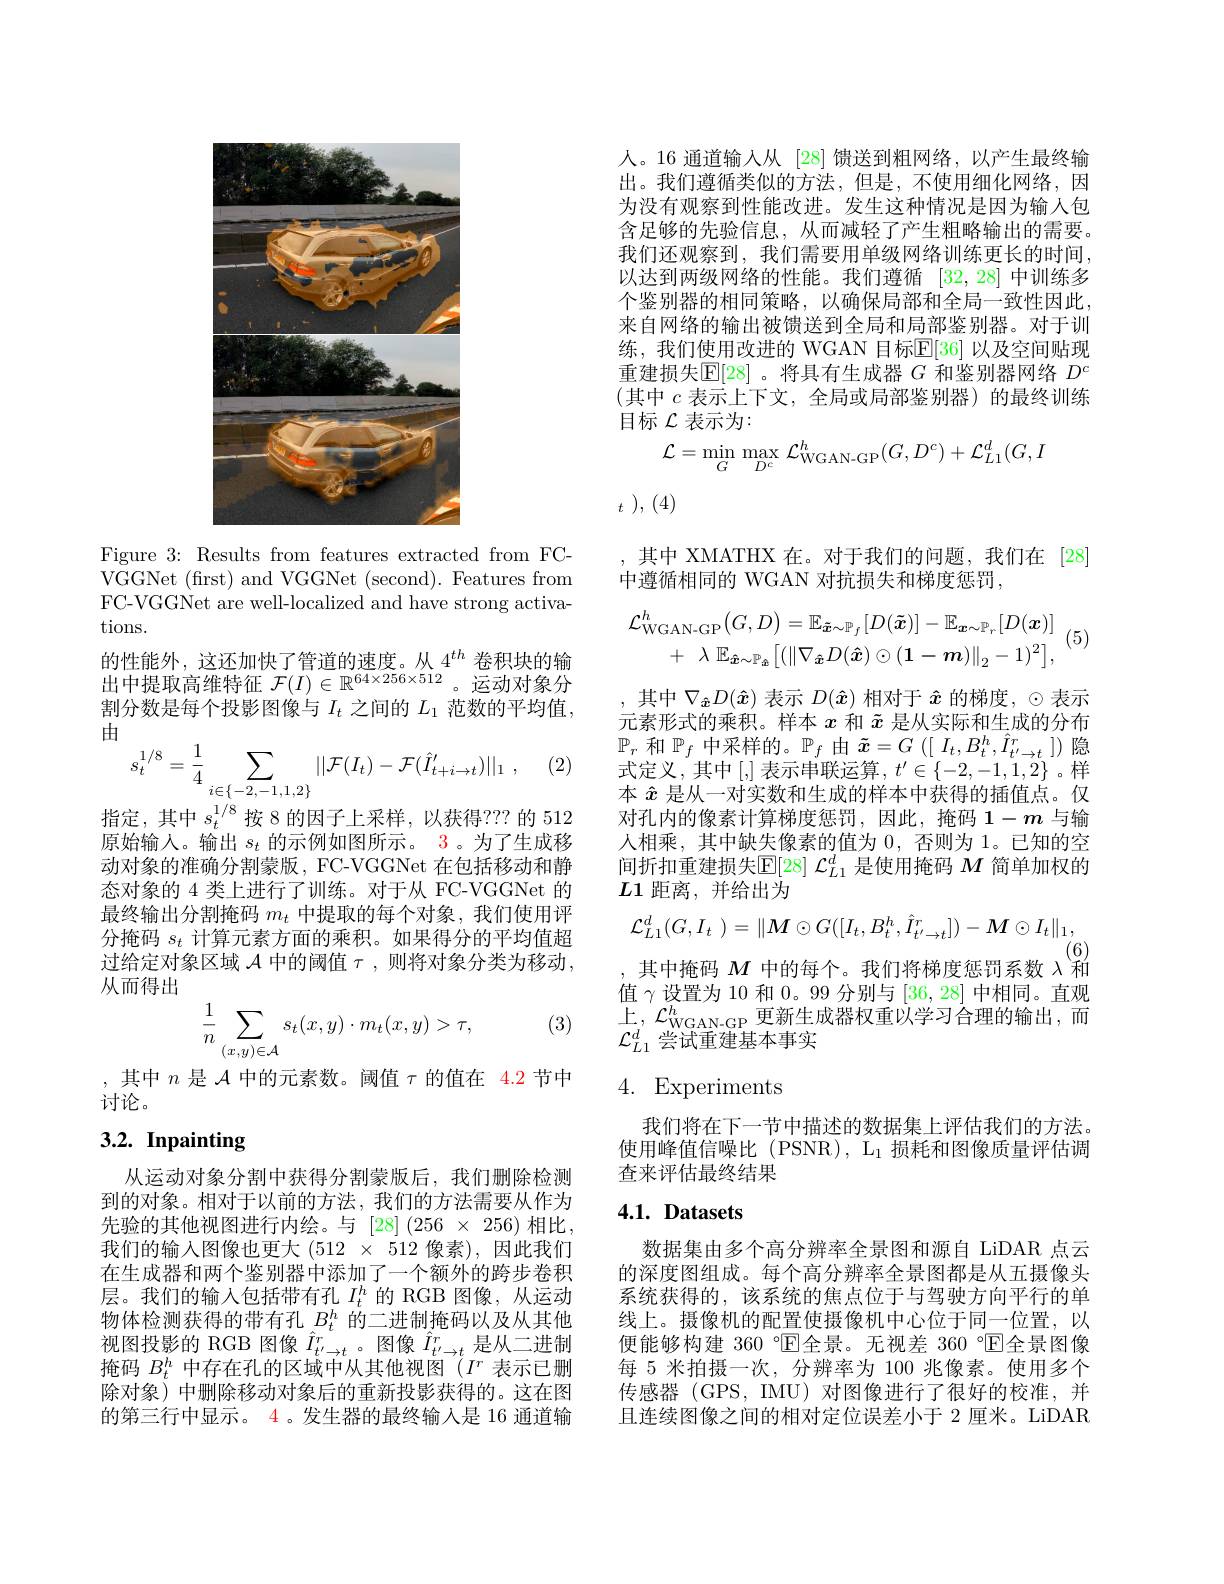
<FigureHere>

Figure 3: Results from features extracted from FCVGGNet (frst) and VGGNet (second). Features from FC-VGGNet are well-localized and have strong activations.
的性能外，这还加快了管道的速度。从$4^{th}$卷积块的输出中提取高维特征$\mathcal{F}(I)\in\mathbb{R}^64\times256\times512$ 。运动对象分割分数是每个投影图像与$I_t$之间的$L_1$范数的平均值， 由
$$s_{t}^{1/8}=\frac{1}{4}\sum_{i\in\{-2,-1,1,2\}}||\mathcal{F}(I_{t})-\mathcal{F}(\hat{I}_{t+i\rightarrow t}^{\prime})||_{1}\:,$$
(2)

指定，其中$s_t^{1/8}$按 8 的因子上采样，以获得？?? 的 512

原始输入。输出$s_t$的示例如图所示。3。为了生成移动对象的准确分割蒙版，FC-VGGNet 在包括移动和静态对象的 4 类上进行了训练。对于从 FC-VGGNet 的最终输出分割掩码$m_t$中提取的每个对象，我们使用评分掩码$s_t$计算元素方面的乘积。如果得分的平均值超过给定对象区域$\mathcal{A}$中的阈值$\tau$,则将对象分类为移动， 从而得出

(3)
$$\dfrac{1}{n}\sum_{(x,y)\in\mathcal{A}}s_t(x,y)\cdot m_t(x,y)>\tau,$$
,其中$n$是$\mathcal{A}$中的元素数。阈值$\tau$的值在 4.2 节中
讨论。

# 3.2. Inpainting

从运动对象分割中获得分割蒙版后，我们删除检测到的对象。相对于以前的方法，我们的方法需要从作为先验的其他视图进行内绘。与$[28](256\times256)$相比我们的输入图像也更大 (512 × 512 像素),因此我们在生成器和两个鉴别器中添加了一个额外的跨步卷积层。我们的输入包括带有孔$I_t^h$的 RGB 图像，从运动物体检测获得的带有孔$B_t^h$的二进制掩码以及从其他视图投影的 RGB 图像$\hat{I}_{t^{\prime}\to t}^r$。图像$\hat{I}_{t^{\prime}\to t}^r$是从二进制掩码$B_t^h$中存在孔的区域中从其他视图$(I^r$表示已删除对象)中删除移动对象后的重新投影获得的。这在图的第三行中显示。4 。发生器的最终输入是 16 通道输

人。16 通道输入从 [28] 馈送到粗网络，以产生最终输出。我们遵循类似的方法，但是，不使用细化网络，因为没有观察到性能改进。发生这种情况是因为输人包含足够的先验信息，从而减轻了产生粗略输出的需要。我们还观察到，我们需要用单级网络训练更长的时间， 以达到两级网络的性能。我们遵循[32,28]中训练多个鉴别器的相同策略，以确保局部和全局一致性因此， 来自网络的输出被馈送到全局和局部鉴别器。对于训练，我们使用改进的 WGAN 目标$\mathbb{E}[36]$ 以及空间贴现重建损失$\mathbb{E}[28]$ 。将具有生成器$G$和鉴别器网络$D^{\mathrm{c}}$ (其中 $c$ 表示上下文，全局或局部鉴别器)的最终训练目标$\mathcal{L}$表示为：
$$\mathcal{L}=\min_{G}\max_{D^{c}}\mathcal{L}_{\mathrm{WGAN-GP}}^{h}(G,D^{c})+\mathcal{L}_{L1}^{d}(G,I$$
$t$ ), (4)

,其中 XMATHX 在。对于我们的问题，我们在[28]
中遵循相同的 WGAN 对抗损失和梯度惩罚，
$$\mathcal{L}_{\mathrm{WGAN-GP}}^{h}\big(G,D\big)=\mathbb{E}_{\tilde{\boldsymbol{x}}\sim\mathbb{P}_{f}}\big[D(\tilde{\boldsymbol{x}})\big]-\mathbb{E}_{\boldsymbol{x}\sim\mathbb{P}_{r}}\big[D(\boldsymbol{x})\big]\\+\:\lambda\:\mathbb{E}_{\hat{\boldsymbol{x}}\sim\mathbb{P}_{\hat{\boldsymbol{x}}}}\big[(\|\nabla_{\hat{\boldsymbol{x}}}D(\hat{\boldsymbol{x}})\odot(1-\boldsymbol{m})\|_{2}-1)^{2}\big],$$
(5,

,其中$\nabla_{\hat{\boldsymbol{x}}}D(\hat{\boldsymbol{x}})$表示$D(\hat{\boldsymbol{x}})$相对于$\hat{x}$的梯度，$\odot$表示元素形式的乘积。样本$x$和$\tilde{x}$是从实际和生成的分布式定义，其中[,]表示串联运算$,t^\prime\in\{-2,-1,1,2\}$。样本$\hat{x}$是从一对实数和生成的样本中获得的插值点。仅对孔内的像素计算梯度惩罚，因此，掩码$1-m$与输人相乘，其中缺失像素的值为0，否则为 1。已知的空间折扣重建损失$\mathbb{E}[28]\mathcal{L}_{L1}^d$是使用掩码$M$简单加权的$L1$距离，并给出为
$$\mathcal{L}_{L1}^{d}(G,I_{t}\:)=\|M\odot G([I_{t},B_{t}^{h},\hat{I}_{t^{\prime}\to t}^{r}])-\boldsymbol{M}\odot I_{t}\|_{1},$$
(6)
,其中掩码$M$中的每个。我们将梯度惩罚系数$\lambda$和值$\gamma$设置为10 和 0。99 分别与 [36,28] 中相同。直观上$,\mathcal{L}_{\mathrm{WGAN-GP}}^{h}$更新生成器权重以学习合理的输出，而$\mathcal{L}_{L1}^d$尝试重建基本事实

# 4. Experiments

我们将在下一节中描述的数据集上评估我们的方法。使用峰值信噪比 (PSNR), $\mathcal{L}_1$损耗和图像质量评估调查来评估最终结果

## $4. 1. \textbf{ Datasets}$

数据集由多个高分辨率全景图和源自 LiDAR 点云的深度图组成。每个高分辨率全景图都是从五摄像头系统获得的，该系统的焦点位于与驾驶方向平行的单线上。摄像机的配置使摄像机中心位于同一位置，以便能够构建 360 °C$\mathbb{E}$全景。无视差 360 °C$\mathbb{E}$全景图像每 5 米拍摄一次，分辨率为 100 兆像素。使用多个传感器 (GPS, IMU) 对图像进行了很好的校准，并且连续图像之间的相对定位误差小于 2 厘米。LiDAR